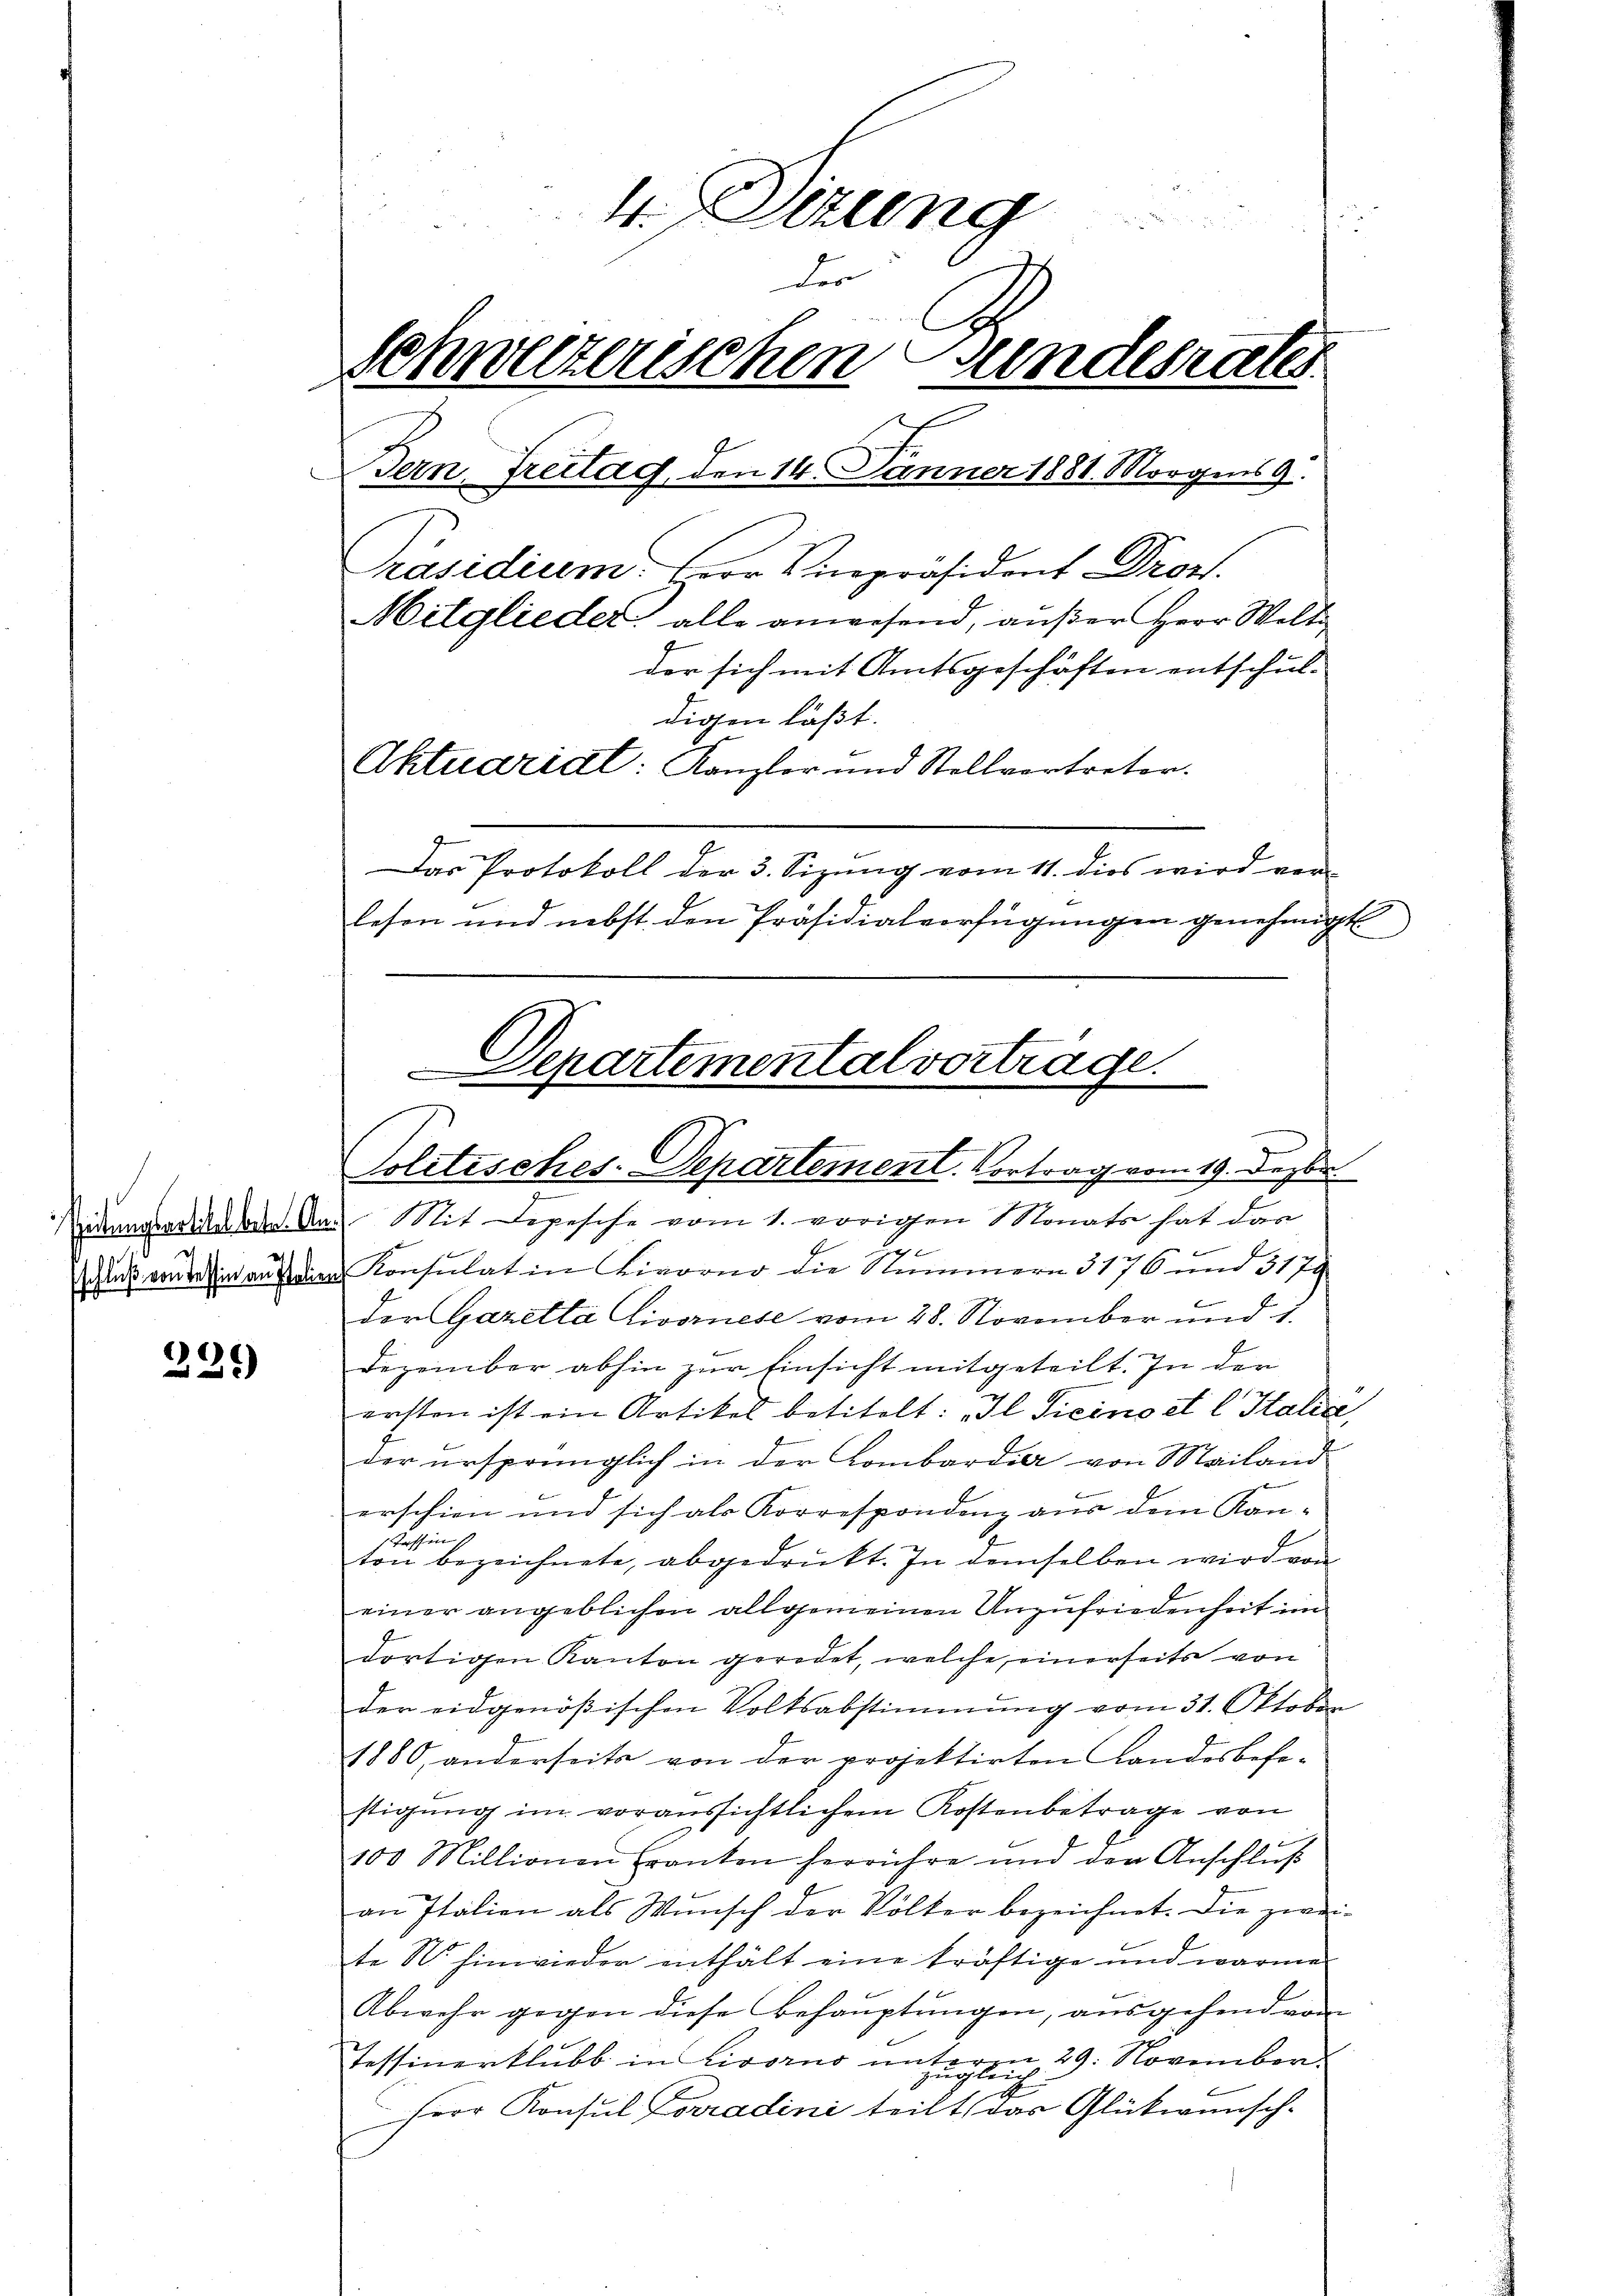
f

239)

4. Dizung
der
Schweizerischen Bundesrates
Tern, Freitag, den 14. Jänner 1881. Morgens 9.
Präsidium. Herr Vicepräsident Dron.
Mitglieder alle anwesend, außer Herr Welti
der sich mit Amtsgeschäften entschul-
digen läßt.
Aktuariadt: Kanzler und Stellvertreter.
Das Protokoll der 3. Sizung vom 11. dies wird ver-
lesen und nebst den Präsidialverfügungen genehmigt

Departemental vortrage.
Politisches-Departement. Vortrag vom 19. Dezbr.

idungende das Mit Depesche vom 1. vorigen Monats hat dar
u von des auf die Konsulat in Livorno die Nummern 3176 und 3179
der Gazetta Livornese vom 28. November und 1.
Dezember abhin zur Einsicht mitgeteilt. In der
f
ersten ist ein Artikel betitelt: „Il Ticino et l Italia,
der ursprünglich in der Lombardia von Mailand
erschien und sich als Korrespondenz aus dem Kan-
Kassin.
ton bezeichnete, abgedruckt. In demselben wird von
einer angeblichen allgemeinen Unzufriedenheit im
dortigen Kanton geradet, welche einerseits von
der eidgenößischen Volksabstimmung vom 31. Oktober
1880, anderseite von der projektirten Landesbefe-
stigung im voraussichtlichem Kostenbetrage von
100 Millionen Franten herrühre und der Anschlŭβ
an Italien als Wunsch der Völker bezeichnet. Die zwei-
te N. hinwieder enthält eine kräftige und warme
Abwehr gegen diese Behauptungen, ausgehend vom
Tessinerklubb in Livorno untegen 29. November.
Herr Konsul Korradini teilt, das Glückwünsch-